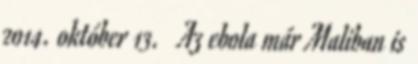
2014. október 13. ↑ Az ebola már Maliban is